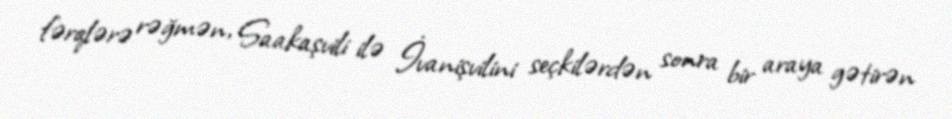
fərqlərə rəğmən, Saakaşvili ilə İvanişvilini seçkilərdən sonra bir araya gətirən